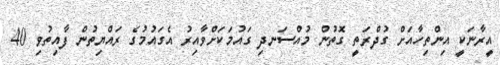
އީރާނަކީ އިންތިހާއަށް ގުދްރަތީ ގޮތުން މުއްސަނދި ގައުމަކަށްވާއިރު އެގައުމުގެ ރައްޔިތުން ފާއިތުވި 40